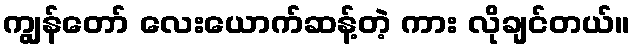
ကျွန်တော် လေးယောက်ဆန့်တဲ့ ကား လိုချင်တယ်။